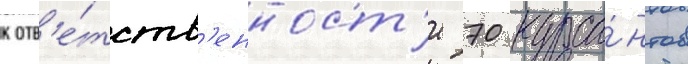
к отв'е́тств'енност'и 70 курса́нтов